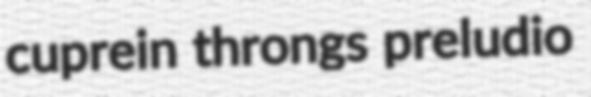
cuprein throngs preludio